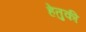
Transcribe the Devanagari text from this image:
हेतुकी